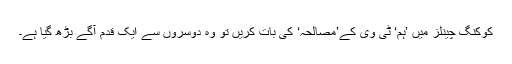
کوکنگ چینلز میں ’ہم‘ ٹی وی کے’مصالحہ‘ کی بات کریں تو وہ دوسروں سے ایک قدم آگے بڑھ گیا ہے۔